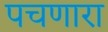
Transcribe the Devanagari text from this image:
पचणारा